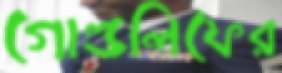
গোল্ডলিফের